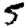
Digit: 5